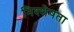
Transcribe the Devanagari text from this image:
निश्शेषता